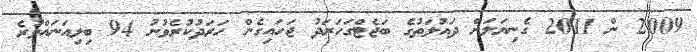
2009 ން 2011 ގެނިޔަލަށް ދައުލަތުގެ ބަޖެޓްގަހަރަދު ޖަހައިގެން ހަރަދުކުރެވުނު 94 ބިލިއަނައްވުރެ